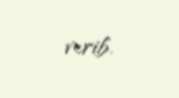
verib.